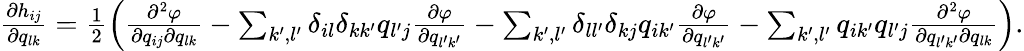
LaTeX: \begin{array}{r}{\frac{\partial h_{ij}}{\partial q_{lk}}=\frac{1}{2}\left(\frac{\partial^{2}\varphi}{\partial q_{ij}\partial q_{lk}}-\sum_{k^{\prime},l^{\prime}}\delta_{il}\delta_{kk^{\prime}}q_{l^{\prime}j}\frac{\partial\varphi}{\partial q_{l^{\prime}k^{\prime}}}-\sum_{k^{\prime},l^{\prime}}\delta_{ll^{\prime}}\delta_{kj}q_{ik^{\prime}}\frac{\partial\varphi}{\partial q_{l^{\prime}k^{\prime}}}-\sum_{k^{\prime},l^{\prime}}q_{ik^{\prime}}q_{l^{\prime}j}\frac{\partial^{2}\varphi}{\partial q_{l^{\prime}k^{\prime}}\partial q_{lk}}\right).}\end{array}